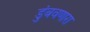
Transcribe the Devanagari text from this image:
डुंबवणारा